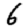
Digit: 6